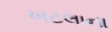
ખટલાના